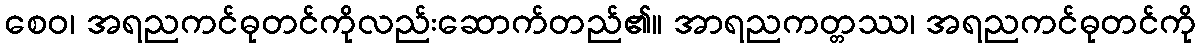
စေဝ၊ အရညကင်ဓုတင်ကိုလည်းဆောက်တည်၏။ အာရညကတ္တဿ၊ အရညကင်ဓုတင်ကို